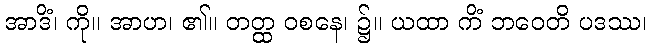
အာဒိံ၊ ကို။ အာဟ၊ ၏။ တတ္ထ ဝစနေ၊ ၌။ ယထာ ကိံ ဘဝေတိ ပဒဿ၊